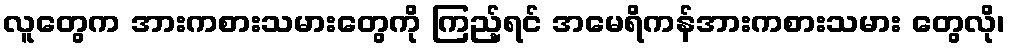
လူတွေက အားကစားသမားတွေကို ကြည့်ရင် အမေရိကန်အားကစားသမား တွေလို၊